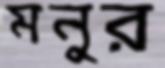
মনুর